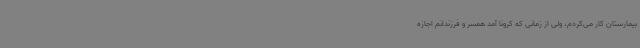
بیمارستان کار می‌کردم، ولی از زمانی که کرونا آمد همسر و فرزندانم اجازه